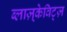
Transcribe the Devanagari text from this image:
ब्लाज़्केविट्ज़